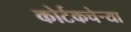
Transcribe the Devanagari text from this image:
कोर्टकचेर्‍या